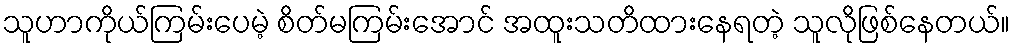
သူဟာကိုယ်ကြမ်းပေမဲ့ စိတ်မကြမ်းအောင် အထူးသတိထားနေရတဲ့ သူလိုဖြစ်နေတယ်။